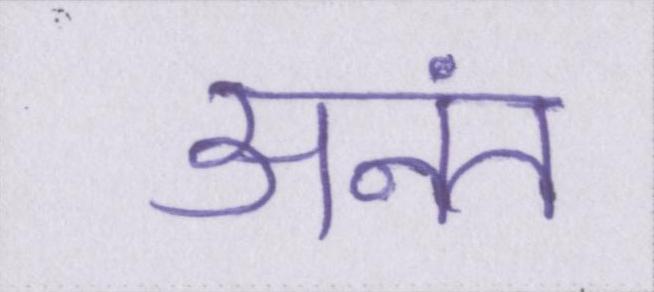
अनंत